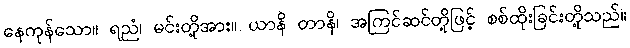
နေကုန်သော။ ရညံ၊ မင်းတို့အား။ ယာနိ တာနိ၊ အကြင်ဆင်တို့ဖြင့် စစ်ထိုးခြင်းတို့သည်။